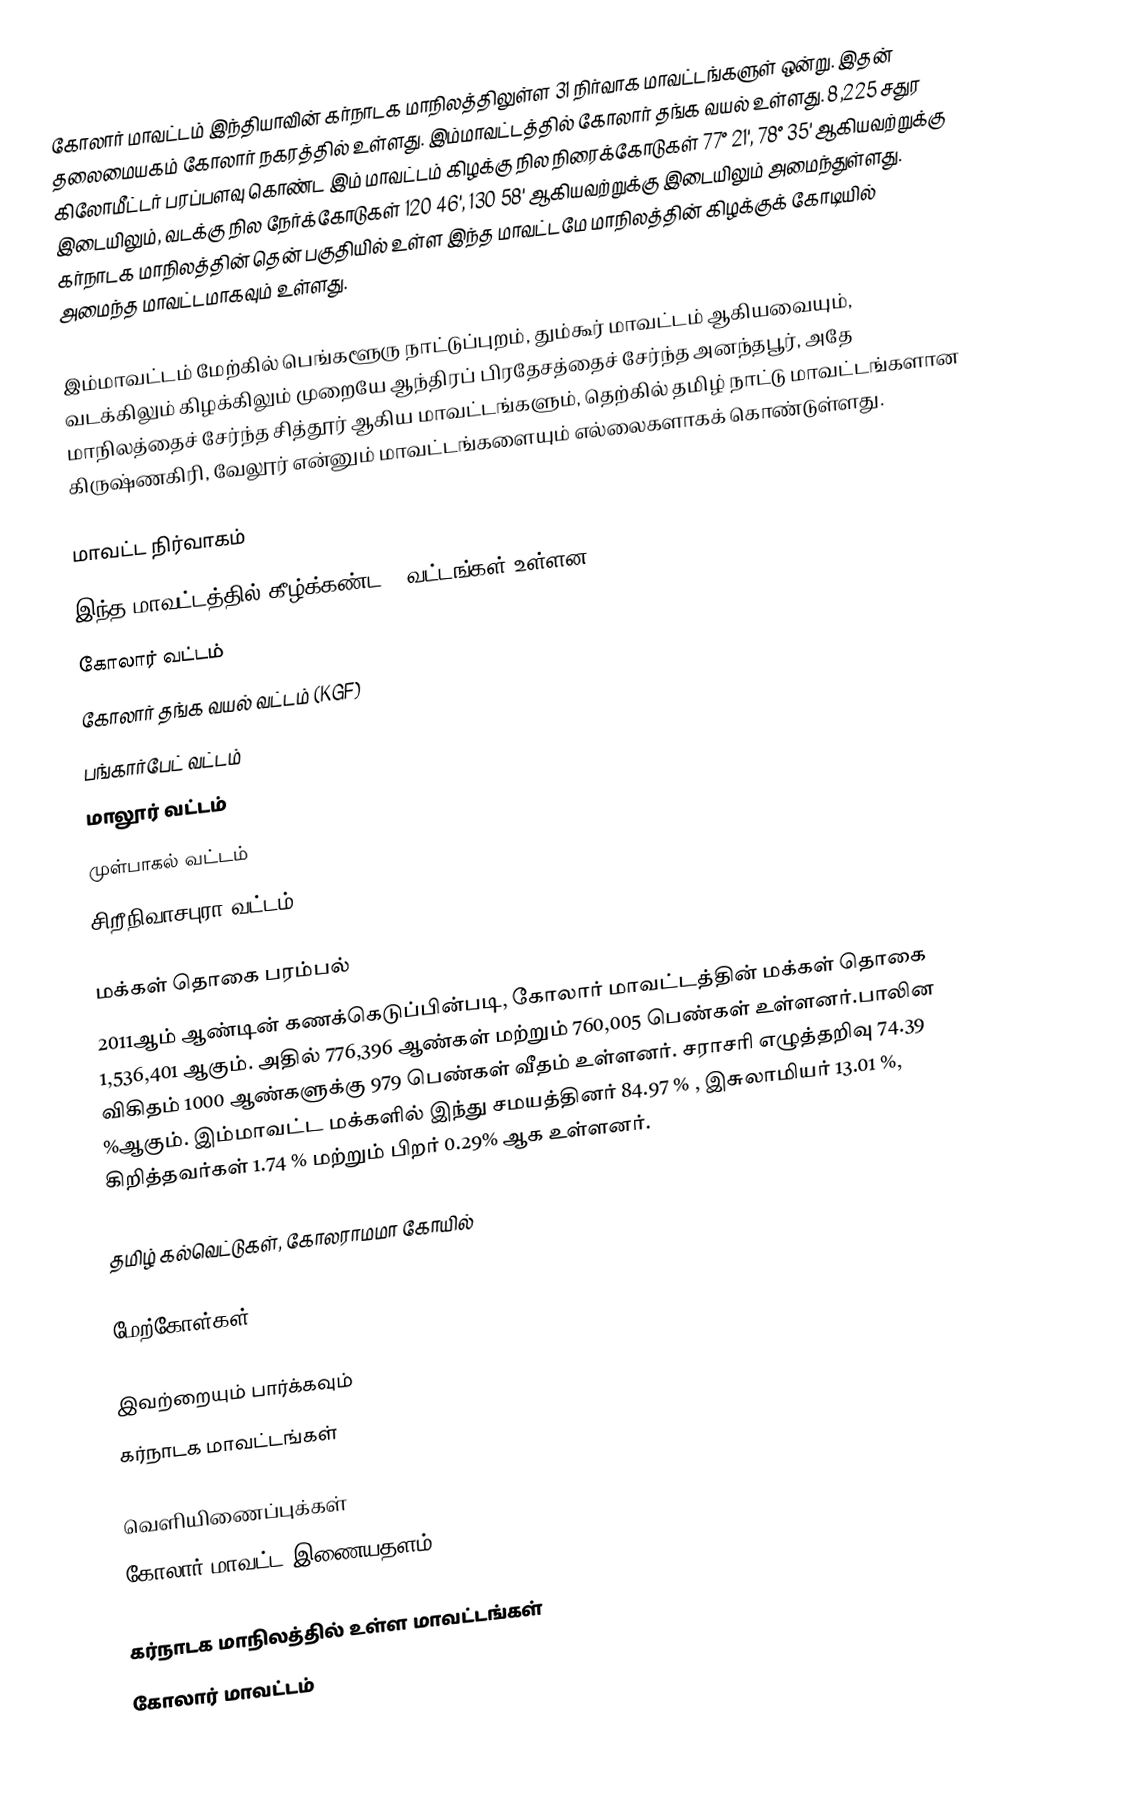
கோலார் மாவட்டம் இந்தியாவின் கர்நாடக மாநிலத்திலுள்ள 31 நிர்வாக மாவட்டங்களுள் ஒன்று. இதன் தலைமையகம் கோலார் நகரத்தில் உள்ளது. இம்மாவட்டத்தில் கோலார் தங்க வயல்  உள்ளது. 8,225 சதுர கிலோமீட்டர் பரப்பளவு கொண்ட இம் மாவட்டம் கிழக்கு நில நிரைக்கோடுகள் 77° 21', 78° 35' ஆகியவற்றுக்கு இடையிலும், வடக்கு நில நேர்க்கோடுகள் 120 46', 130 58' ஆகியவற்றுக்கு இடையிலும் அமைந்துள்ளது. கர்நாடக மாநிலத்தின் தென் பகுதியில் உள்ள இந்த மாவட்டமே மாநிலத்தின் கிழக்குக் கோடியில் அமைந்த மாவட்டமாகவும் உள்ளது.

இம்மாவட்டம் மேற்கில் பெங்களூரு நாட்டுப்புறம், தும்கூர் மாவட்டம் ஆகியவையும், வடக்கிலும் கிழக்கிலும் முறையே ஆந்திரப் பிரதேசத்தைச் சேர்ந்த அனந்தபூர், அதே மாநிலத்தைச் சேர்ந்த சித்தூர் ஆகிய மாவட்டங்களும், தெற்கில் தமிழ் நாட்டு மாவட்டங்களான கிருஷ்ணகிரி, வேலூர் என்னும் மாவட்டங்களையும் எல்லைகளாகக் கொண்டுள்ளது.

மாவட்ட நிர்வாகம்
இந்த மாவட்டத்தில் கீழ்க்கண்ட 6 வட்டங்கள் உள்ளன.
கோலார் வட்டம்
 கோலார் தங்க வயல் வட்டம் (KGF)
பங்கார்பேட் வட்டம்
மாலூர் வட்டம்
முள்பாகல் வட்டம்
சிறீநிவாசபுரா வட்டம்

மக்கள் தொகை பரம்பல்
2011ஆம் ஆண்டின் கணக்கெடுப்பின்படி,  கோலார் மாவட்டத்தின் மக்கள் தொகை 1,536,401 ஆகும். அதில் 776,396  ஆண்கள் மற்றும் 760,005 பெண்கள் உள்ளனர்.பாலின விகிதம் 1000 ஆண்களுக்கு 979 பெண்கள் வீதம் உள்ளனர். சராசரி எழுத்தறிவு  74.39 %ஆகும். இம்மாவட்ட மக்களில் இந்து சமயத்தினர் 84.97 % , இசுலாமியர் 13.01 %, கிறித்தவர்கள் 1.74 % மற்றும் பிறர் 0.29% ஆக உள்ளனர்.

தமிழ் கல்வெட்டுகள், கோலராமமா கோயில்

மேற்கோள்கள்

இவற்றையும் பார்க்கவும்
 கர்நாடக மாவட்டங்கள்

வெளியிணைப்புக்கள்
 கோலார் மாவட்ட இணையதளம்

கர்நாடக மாநிலத்தில் உள்ள மாவட்டங்கள்
கோலார் மாவட்டம்